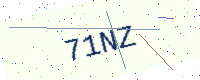
Text: 71NZ